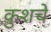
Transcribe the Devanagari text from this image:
कुशचे